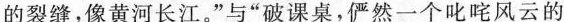
的裂缝，像黄河长江。”与”破课桌，俨然一个叱咤风云的